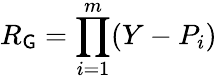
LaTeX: R_{\mathsf{G}}=\prod_{i=1}^{m}(Y-P_{i})